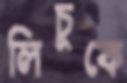
লিচুকে